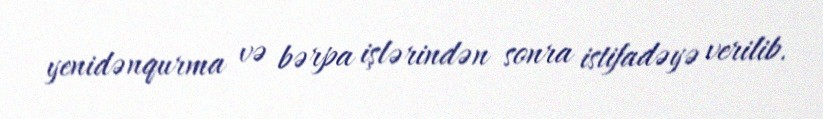
yenidənqurma və bərpa işlərindən sonra istifadəyə verilib.